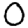
Digit: 0